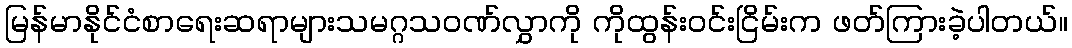
မြန်မာနိုင်ငံစာရေးဆရာများသမဂ္ဂသဝဏ်လွှာကို ကိုထွန်းဝင်းငြိမ်းက ဖတ်ကြားခဲ့ပါတယ်။